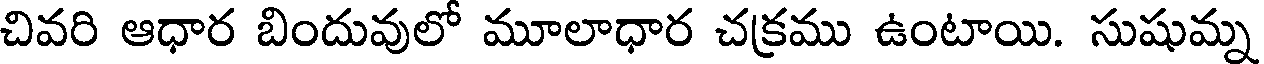
చివరి ఆధార బిందువులో మూలాధార చక్రము ఉంటాయి. సుషుమ్న